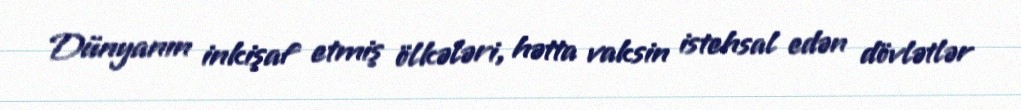
Dünyanın inkişaf etmiş ölkələri, hətta vaksin istehsal edən dövlətlər